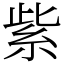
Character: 紫